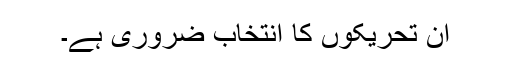
ان تحریکوں کا انتخاب ضروری ہے۔